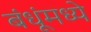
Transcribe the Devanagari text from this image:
बंधूंमध्ये